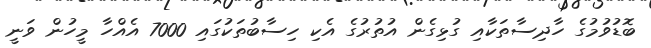
ބޮޑުވުމުގެ ހާދިސާތަކާއި ގުޅިގެން އުތުރުގެ އެކި ހިސާބުތަކުގައި 7000 އެއްހާ މީހުން ވަނީ